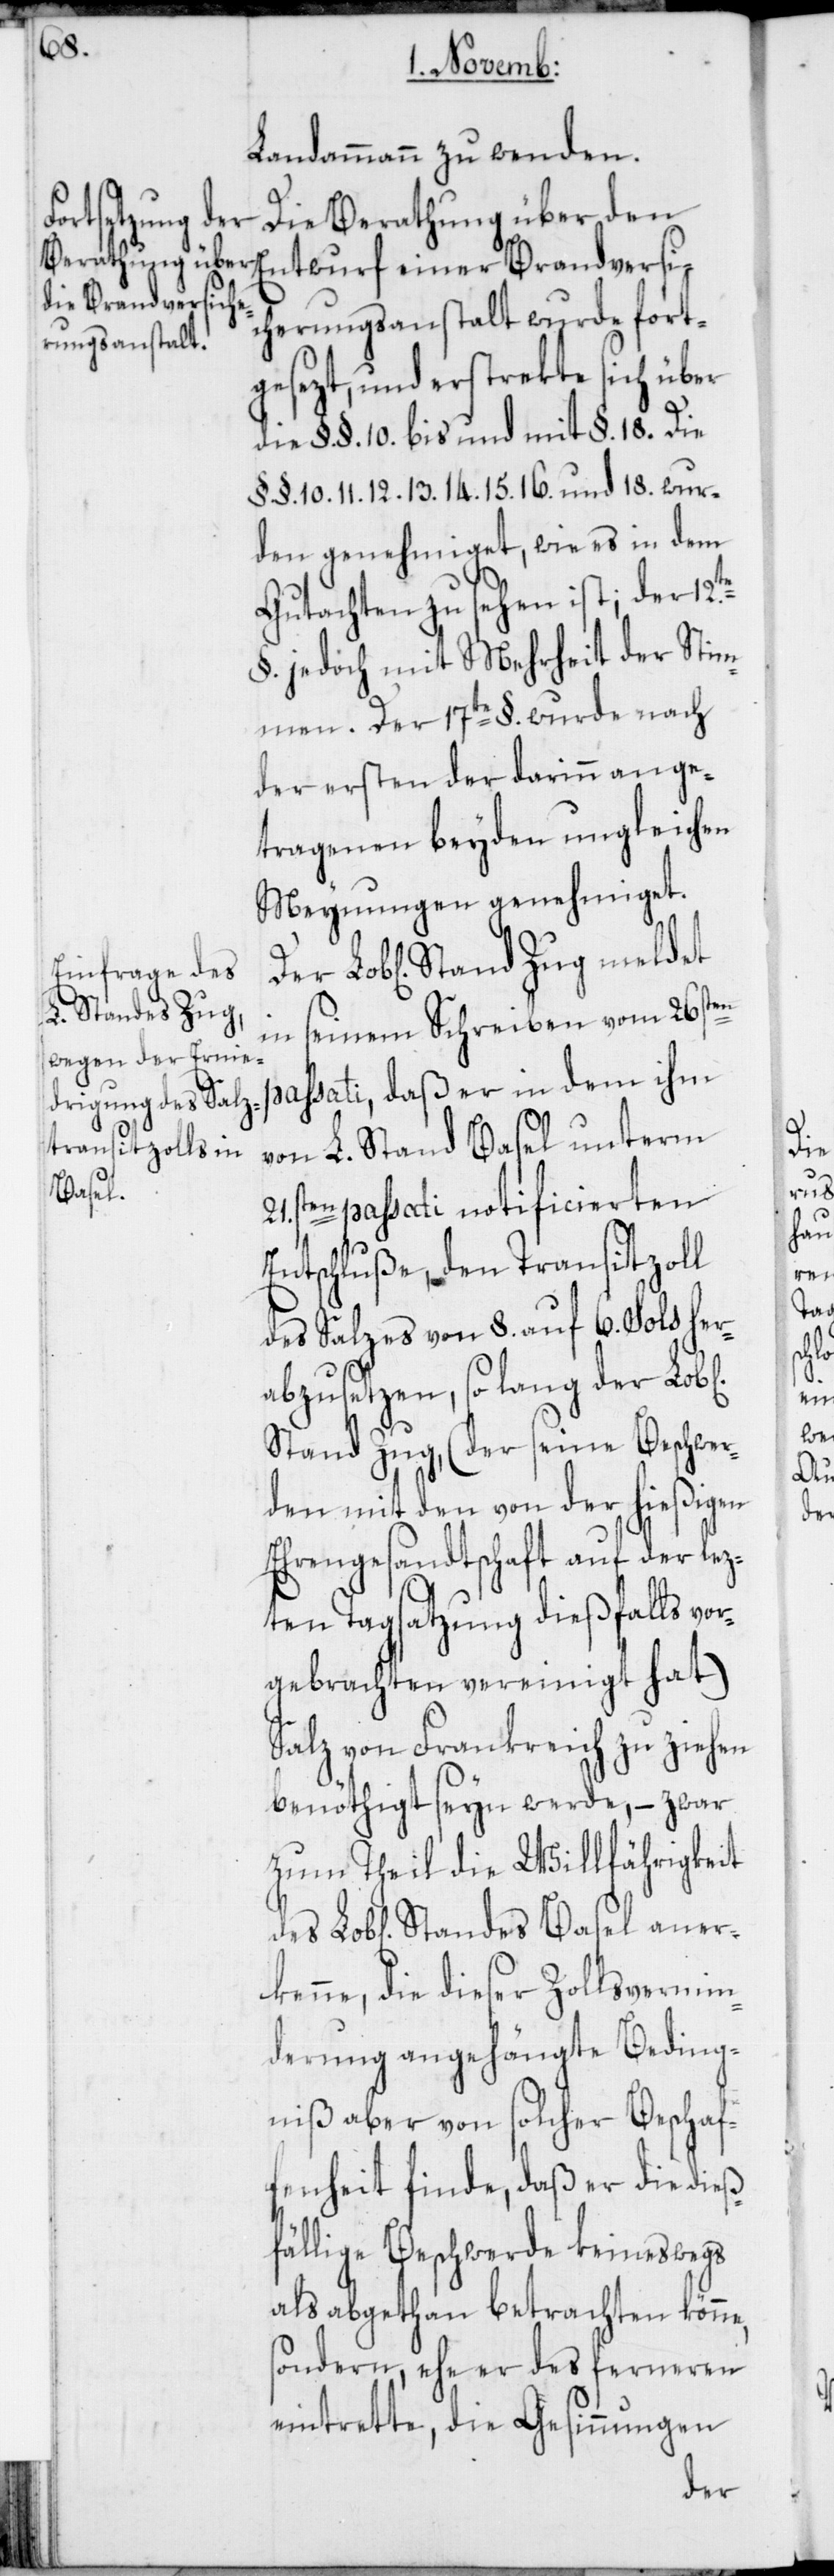
iche]
aner¬

Landammann zu wenden.
Die Berathung über den
Entwurf einer Brandversi¬
cherungsanstalt wurde fort¬
gesezt, und erstrekte sich über
die §. §. 10 bis und mit §. 18. Die
§. §. 10. 11. 12. 13. 14. 15. 16. und 18 wur¬
den genehmiget, wie es in dem
Gutachten zu sehen ist; der 12t¬
§. jedoch mit Mehrheit der Stim¬
men. Der 17te §. wurde nach
der ersten der darinn ange¬
tragenen beyden ungleichen
Meynungen genehmiget.
in seinem Schreiben vom 26sten
passati, daß er in dem ihm
von L. Stand Basel unterm
21sten. passati notificierten
Entschluße, den Transitzoll
des Salzes von 8. auf 6. Sols her¬
abzusetzen, so lang der Lob[l¬
Stand Zug, (der seine Beschwer¬
den mit den von der hießigen
Ehrengesandtschaft auf der lez¬
ten Tagsatzung dießfalls vo¬
rgebrachten vereinigt hat)
Salz von Frankreich zu ziehen
benöthigt seyn werde, – zwar
zum Theil die Willfährigkeit
kenne, die dieser Zollvermin¬
derung angehängte Beding¬
niß aber von solcher Beschaf¬
fenheit finde, daß er die dieß¬
fällige Beschwerde keineswegs
als abgethan betrachten könne,
sondern ehe er des ferneren
eintrette, die Gesinnungen
des